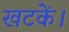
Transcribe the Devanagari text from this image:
खटकें।